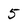
Character: 5